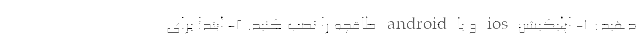
دهید: ۱- اپلیکیشن ios و یا android طاقچه را نصب کنید. ۲- ابتدا برای